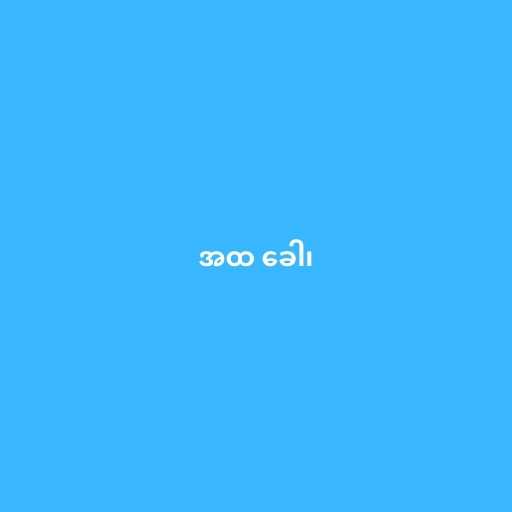
အထ ခေါ၊